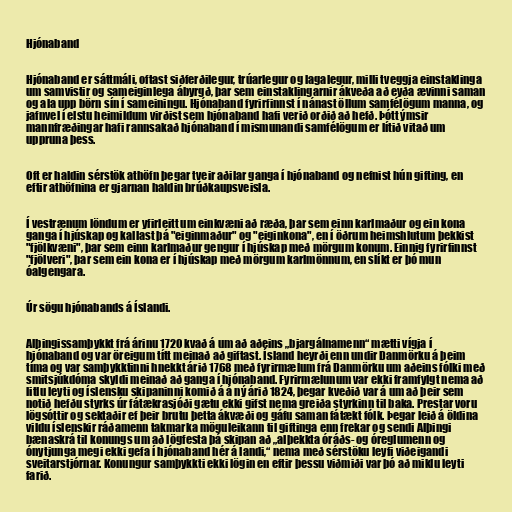
Hjónaband

Hjónaband er sáttmáli, oftast siðferðilegur, trúarlegur og lagalegur, milli tveggja einstaklinga
um samvistir og sameiginlega ábyrgð, þar sem einstaklingarnir ákveða að eyða ævinni saman
og ala upp börn sín í sameiningu. Hjónaband fyrirfinnst í nánast öllum samfélögum manna, og
jafnvel í elstu heimildum virðist sem hjónaband hafi verið orðið að hefð. Þótt ýmsir
mannfræðingar hafi rannsakað hjónaband í mismunandi samfélögum er lítið vitað um
uppruna þess.

Oft er haldin sérstök athöfn þegar tveir aðilar ganga í hjónaband og nefnist hún gifting, en
eftir athöfnina er gjarnan haldin brúðkaupsveisla.

Í vestrænum löndum er yfirleitt um einkvæni að ræða, þar sem einn karlmaður og ein kona
ganga í hjúskap og kallast þá "eiginmaður" og "eiginkona", en í öðrum heimshlutum þekkist
"fjölkvæni", þar sem einn karlmaður gengur í hjúskap með mörgum konum. Einnig fyrirfinnst
"fjölveri", þar sem ein kona er í hjúskap með mörgum karlmönnum, en slíkt er þó mun
óalgengara.

Úr sögu hjónabands á Íslandi.

Alþingissamþykkt frá árinu 1720 kvað á um að aðeins „bjargálnamenn“ mætti vígja í
hjónaband og var öreigum títt meinað að giftast. Ísland heyrði enn undir Danmörku á þeim
tíma og var samþykktinni hnekkt árið 1768 með fyrirmælum frá Danmörku um aðeins fólki með
smitsjúkdóma skyldi meinað að ganga í hjónaband. Fyrirmælunum var ekki framfylgt nema að
litlu leyti og íslensku skipaninni komið á á ný árið 1824, þegar kveðið var á um að þeir sem
notið hefðu styrks úr fátækrasjóði gætu ekki gifst nema greiða styrkinn til baka. Prestar voru
lögsóttir og sektaðir ef þeir brutu þetta ákvæði og gáfu saman fátækt fólk. Þegar leið á öldina
vildu íslenskir ráðamenn takmarka möguleikann til giftinga enn frekar og sendi Alþingi
bænaskrá til konungs um að lögfesta þá skipan að „alþekkta óráðs- og óreglumenn og
ónytjunga megi ekki gefa í hjónaband hér á landi,“ nema með sérstöku leyfi viðeigandi
sveitarstjórnar. Konungur samþykkti ekki lögin en eftir þessu viðmiði var þó að miklu leyti
farið.